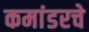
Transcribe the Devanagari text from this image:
कमांडरचे